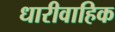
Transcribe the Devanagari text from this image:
धारीवाहिक